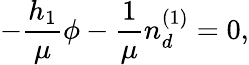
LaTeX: -\frac{h_{1}}{\mu}\phi-\frac{1}{\mu}n_{d}^{(1)}=0,